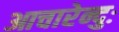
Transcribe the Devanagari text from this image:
आचारेन्दुः